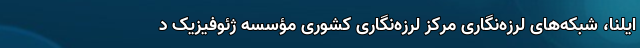
ایلنا، شبکه‌های لرزه‌نگاری مرکز لرزه‌نگاری کشوری مؤسسه ژئوفیزیک د